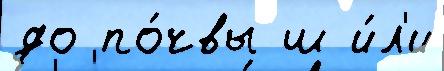
до по́чвы ш и́л'и